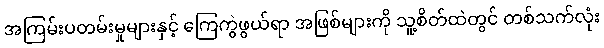
အကြမ်းပတမ်းမှုများနှင့် ကြေကွဲဖွယ်ရာ အဖြစ်များကို သူ့စိတ်ထဲတွင် တစ်သက်လုံး